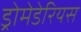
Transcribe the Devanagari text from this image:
ड्रोमेडेरियस